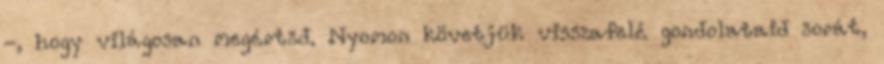
-, hogy világosan megértsd. Nyomon követjük visszafelé gondolataid sorát,